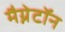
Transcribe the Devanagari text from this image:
मैग्नेटॉन